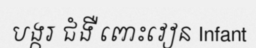
បង្ករ ជំងឺ ពោះវៀន Infant